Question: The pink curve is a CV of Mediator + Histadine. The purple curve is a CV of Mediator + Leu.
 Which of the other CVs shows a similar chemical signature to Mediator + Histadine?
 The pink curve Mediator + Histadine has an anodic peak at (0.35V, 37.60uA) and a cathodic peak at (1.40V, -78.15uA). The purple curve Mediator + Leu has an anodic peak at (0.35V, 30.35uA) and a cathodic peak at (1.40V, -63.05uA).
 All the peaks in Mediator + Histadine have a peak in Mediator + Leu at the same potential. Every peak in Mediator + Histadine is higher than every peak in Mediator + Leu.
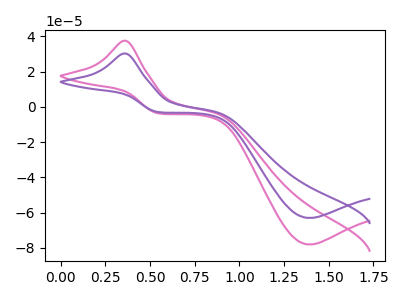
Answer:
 <answer>The CV with the most similar shape to "Mediator + Leu" is "Mediator + Histadine".</answer>
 <eval>"Mediator + Histadine"</eval>